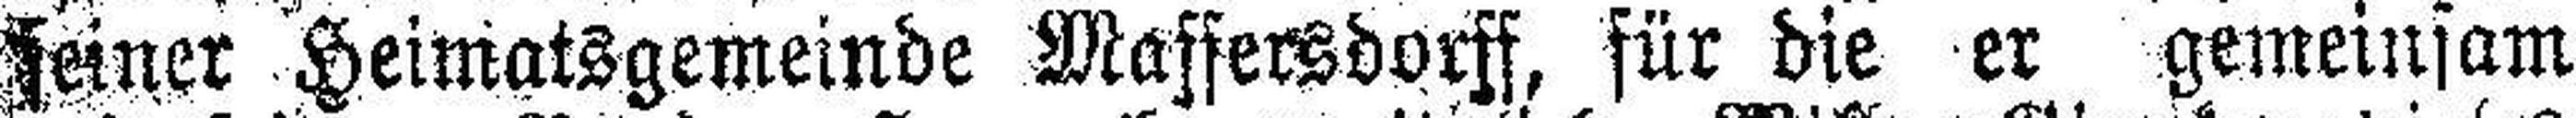
seiner Heimatsgemeinde Massersdorff, für die er gemeinsam